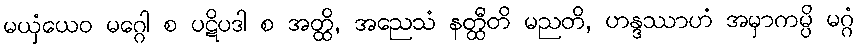
မယှံယေဝ မဂ္ဂေါ စ ပဋိပဒါ စ အတ္ထိ, အညေသံ နတ္ထီတိ မညတိ, ဟန္ဒဿာဟံ အမှာကမ္ပိ မဂ္ဂံ